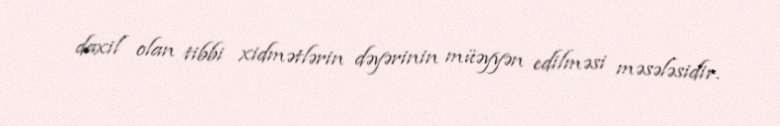
daxil olan tibbi xidmətlərin dəyərinin müəyyən edilməsi məsələsidir.